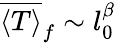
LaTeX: \overline{{\langle T\rangle}}_{f}\sim l_{0}^{\beta}